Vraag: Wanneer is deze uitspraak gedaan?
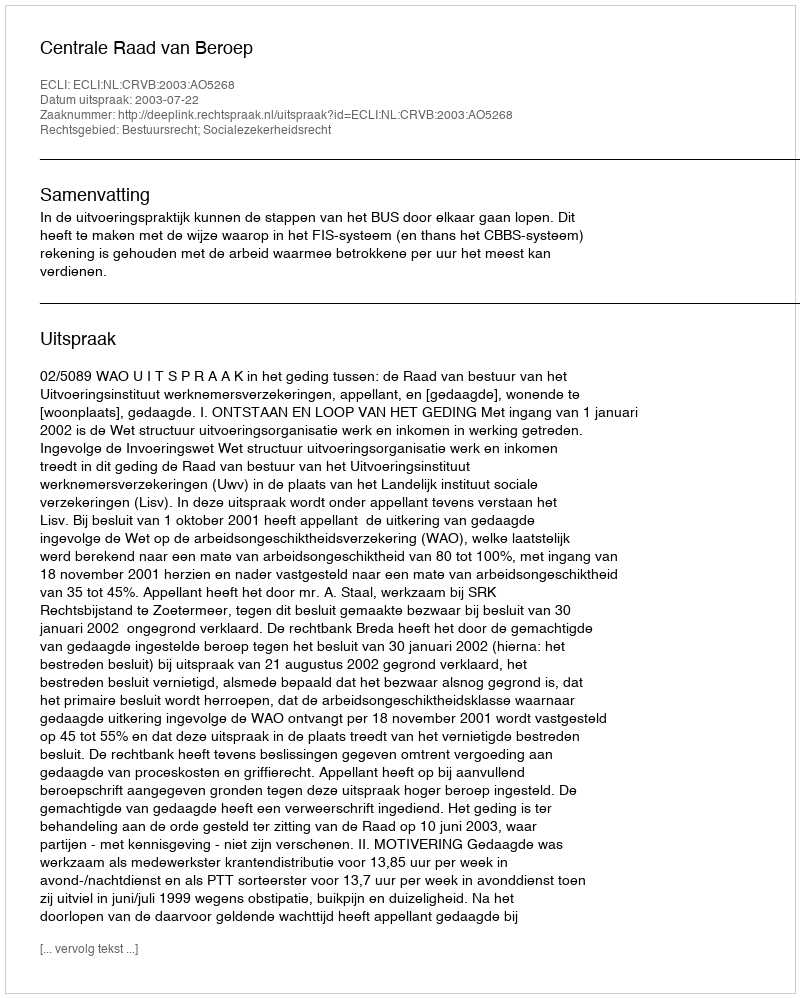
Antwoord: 2003-07-22